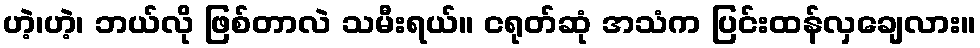
ဟဲ့၊ဟဲ့၊ ဘယ်လို ဖြစ်တာလဲ သမီးရယ်။ ငရုတ်ဆုံ အသံက ပြင်းထန်လှချေလား။